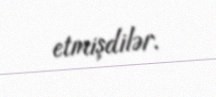
etmişdilər.